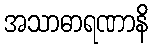
အသာဓာရဏာနိ